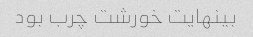
بینهایت خورشت چرب بود